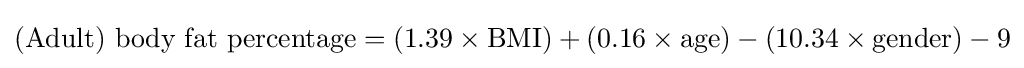
{\text{(Adult) body fat percentage}}=(1.39\times {\text{BMI}})+(0.16\times {\text{age}})-(10.34\times {\text{gender}})-9